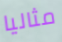
مثاليا